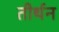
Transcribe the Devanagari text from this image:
तीर्थन